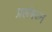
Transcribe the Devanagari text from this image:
प्रलंबघ्न